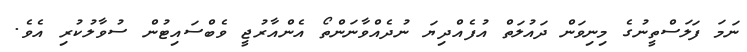
ނަމަ ފަލަސްތީނުގެ މިނިވަން ދައުލަތް އުފެއްދިޔަ ނުދެއްވާނަންތޯ އެންއާރުޖީ ވެބްސައިޓުން ސުވާލުކުރި އެވެ.